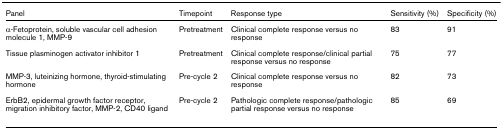
<table><thead><tr><td><b>Panel</b></td><td><b>Timepoint</b></td><td><b>Response type</b></td><td><b>Sensitivity (%)</b></td><td><b>Specificity (%)</b></td></tr></thead><tbody><tr><td>α-Fetoprotein, soluble vascular cell adhesion molecule 1, MMP-9</td><td>Pretreatment</td><td>Clinical complete response versus no response</td><td>83</td><td>91</td></tr><tr><td>Tissue plasminogen activator inhibitor 1</td><td>Pretreatment</td><td>Clinical complete response/clinical partial response versus no response</td><td>75</td><td>77</td></tr><tr><td>MMP-3, luteinizing hormone, thyroid-stimulating hormone</td><td>Pre-cycle 2</td><td>Clinical complete response versus no response</td><td>82</td><td>73</td></tr><tr><td>ErbB2, epidermal growth factor receptor, migration inhibitory factor, MMP-2, CD40 ligand</td><td>Pre-cycle 2</td><td>Pathologic complete response/pathologic partial response versus no response</td><td>85</td><td>69</td></tr></tbody></table>